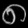
Digit: ၈